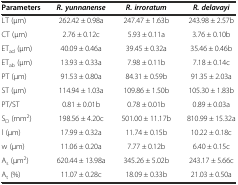
<table><thead><tr><td><b>Parameters</b></td><td><b><i>R. yunnanense</i></b></td><td><b><i>R. irroratum</i></b></td><td><b><i>R. delavayi</i></b></td></tr></thead><tbody><tr><td>LT (μm)</td><td>262.42 ± 0.98a</td><td>247.47 ± 1.63b</td><td>243.98 ± 2.57b</td></tr><tr><td>CT (μm)</td><td>2.76 ± 0.12c</td><td>5.93 ± 0.11a</td><td>3.76 ± 0.10b</td></tr><tr><td>ET<sub>ad</sub> (μm)</td><td>40.09 ± 0.46a</td><td>39.45 ± 0.32a</td><td>35.46 ± 0.46b</td></tr><tr><td>ET<sub>ab</sub> (μm)</td><td>13.93 ± 0.33a</td><td>7.98 ± 0.11b</td><td>7.18 ± 0.14c</td></tr><tr><td>PT (μm)</td><td>91.53 ± 0.80a</td><td>84.31 ± 0.59b</td><td>91.35 ± 2.03a</td></tr><tr><td>ST (μm)</td><td>114.94 ± 1.03a</td><td>109.86 ± 1.50b</td><td>105.30 ± 1.83b</td></tr><tr><td>PT/ST</td><td>0.81 ± 0.01b</td><td>0.78 ± 0.01b</td><td>0.89 ± 0.03a</td></tr><tr><td>S<sub>D</sub> (mm<sup>2</sup>)</td><td>198.56 ± 4.20c</td><td>501.00 ± 11.17b</td><td>810.99 ± 15.32a</td></tr><tr><td>l (μm)</td><td>17.99 ± 0.32a</td><td>11.74 ± 0.15b</td><td>10.22 ± 0.18c</td></tr><tr><td>w (μm)</td><td>11.06 ± 0.20a</td><td>7.77 ± 0.12b</td><td>6.40 ± 0.15c</td></tr><tr><td>A<sub>s</sub> (μm<sup>2</sup>)</td><td>620.44 ± 13.98a</td><td>345.26 ± 5.02b</td><td>243.17 ± 5.66c</td></tr><tr><td>A<sub>t</sub> (%)</td><td>11.07 ± 0.28c</td><td>18.09 ± 0.33b</td><td>21.03 ± 0.50a</td></tr></tbody></table>